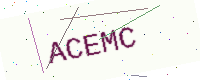
Text: ACEMC